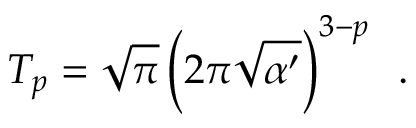
T _ { p } = \sqrt { \pi } \, \Big ( 2 \pi \sqrt { \alpha ^ { \prime } } \Big ) ^ { 3 - p } ~ ~ . \nonumber